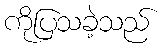
ကိုပြသခဲ့သည်